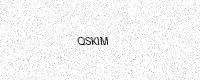
Text: QSKIM